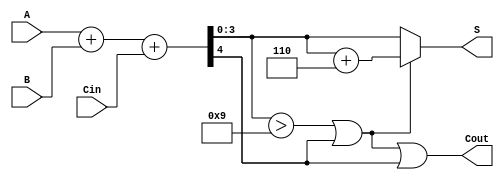
module BCD_Adder (
    input  [3:0] A,      // First BCD digit
    input  [3:0] B,      // Second BCD digit
    input        Cin,     // Carry input
    output [3:0] S,      // BCD sum output
    output       Cout     // Carry output
);

    wire [4:0] Sum;      // 5-bit sum to hold the result of A + B + Cin
    wire correction;      // Correction flag

    // Step 1: Binary addition of A, B, and Cin
    assign Sum = A + B + Cin;

    // Step 2: Determine if correction is needed
    assign correction = (Sum[3:0] > 4'b1001) || Sum[4];

    // Step 3: Apply correction if necessary
    assign S = correction ? (Sum[3:0] + 4'b0110) : Sum[3:0];
    assign Cout = correction || Sum[4];

endmodule